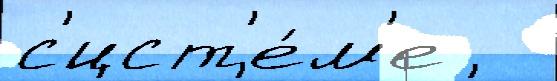
с'ист'е́м'е